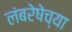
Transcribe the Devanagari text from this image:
लंबरेषेच्या